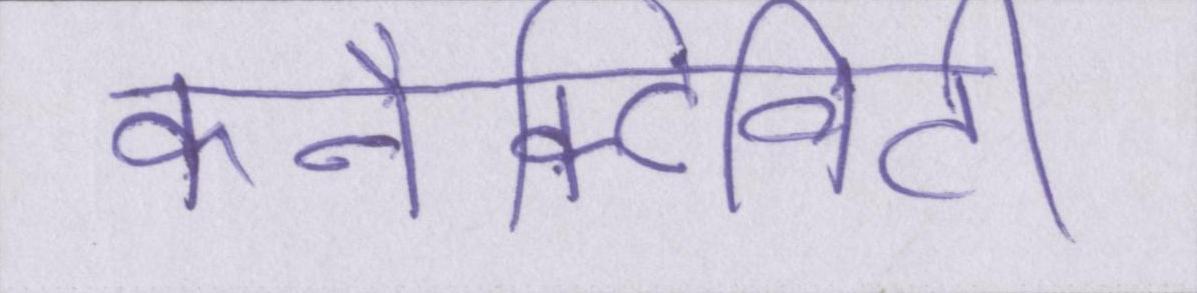
कनैक्टिविटी